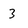
Character: 3